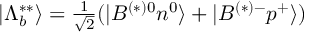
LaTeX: | \Lambda _ { b } ^ { * * } \rangle = \textstyle { \frac { 1 } { \sqrt { 2 } } } ( | B ^ { ( * ) 0 } n ^ { 0 } \rangle + | B ^ { ( * ) - } p ^ { + } \rangle )